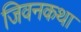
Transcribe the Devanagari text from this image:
जिवनकथा